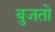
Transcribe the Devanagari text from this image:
बुजतो